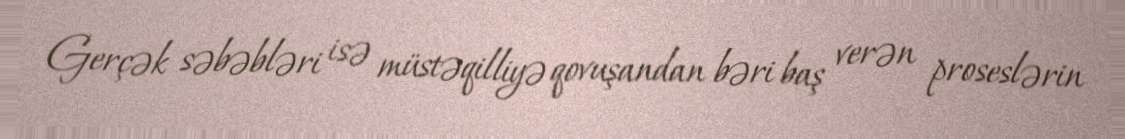
Gerçək səbəbləri isə müstəqilliyə qovuşandan bəri baş verən proseslərin